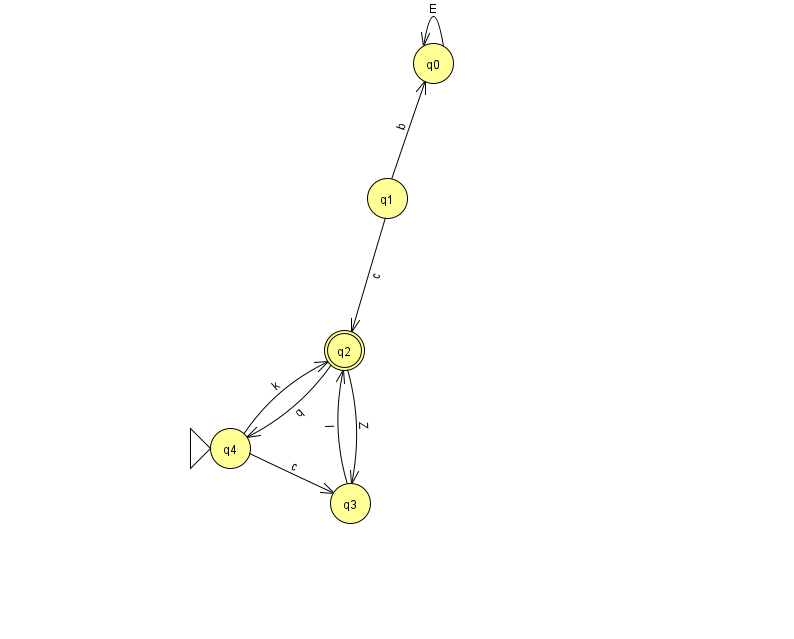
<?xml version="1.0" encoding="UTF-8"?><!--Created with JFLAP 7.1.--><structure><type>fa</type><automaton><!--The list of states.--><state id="0" name="q0"><x>433.0</x><y>50.0</y></state><state id="1" name="q1"><x>387.0</x><y>185.0</y></state><state id="2" name="q2"><x>344.0</x><y>337.0</y><final/></state><state id="3" name="q3"><x>350.0</x><y>490.0</y></state><state id="4" name="q4"><x>230.0</x><y>435.0</y><initial/></state><!--The list of transitions.--><transition><from>1</from><to>0</to><read>b</read></transition><transition><from>2</from><to>4</to><read>q</read></transition><transition><from>1</from><to>2</to><read>c</read></transition><transition><from>4</from><to>3</to><read>c</read></transition><transition><from>0</from><to>0</to><read>E</read></transition><transition><from>4</from><to>2</to><read>k</read></transition><transition><from>3</from><to>2</to><read>I</read></transition><transition><from>2</from><to>3</to><read>Z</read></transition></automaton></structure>